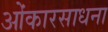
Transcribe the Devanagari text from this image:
ओंकारसाधना